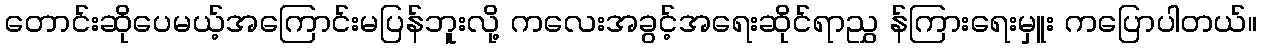
တောင်းဆိုပေမယ့်အကြောင်းမပြန်ဘူးလို့ ကလေးအခွင့်အရေးဆိုင်ရာညွှ န်ကြားရေးမှူး ကပြောပါတယ်။